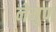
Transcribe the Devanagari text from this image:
नेमुण